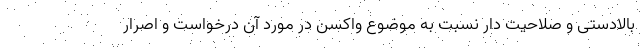
بالادستی و صلاحیت دار نسبت به موضوع واکسن در مورد آن درخواست و اصرار